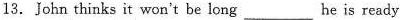
13.John thinks it won't be long___he is ready